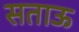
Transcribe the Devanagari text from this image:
सताऊ